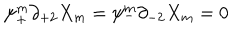
LaTeX: \psi _ { + } ^ { m } \partial _ { + 2 } X _ { m } = \psi _ { - } ^ { m } \partial _ { - 2 } X _ { m } = 0